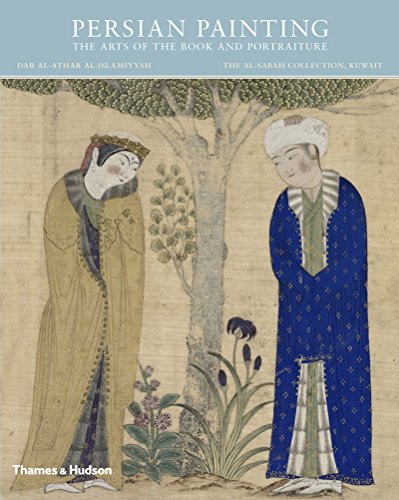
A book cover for Persian Painting: The Arts of the Book and Portraiture; Adel T. Adamova; Arts & Photography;